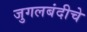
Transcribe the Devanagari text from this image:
जुगलबंदीचे